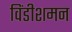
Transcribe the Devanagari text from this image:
विंडीशमन